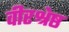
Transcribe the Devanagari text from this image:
वीरश्रेष्ठ